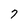
Character: 7